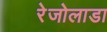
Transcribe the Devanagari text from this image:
रेजोलाडा